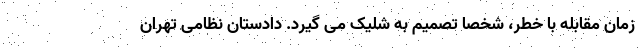
زمان مقابله با خطر، شخصاً تصمیم به شلیک می گیرد. دادستان نظامی تهران